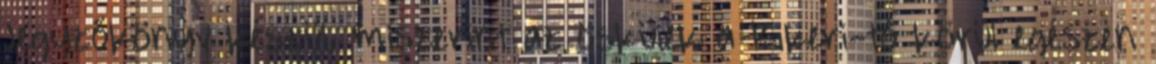
Jegyzőkönyv készül, miszerint az ösküiek a Kikeri-tó körül egészen